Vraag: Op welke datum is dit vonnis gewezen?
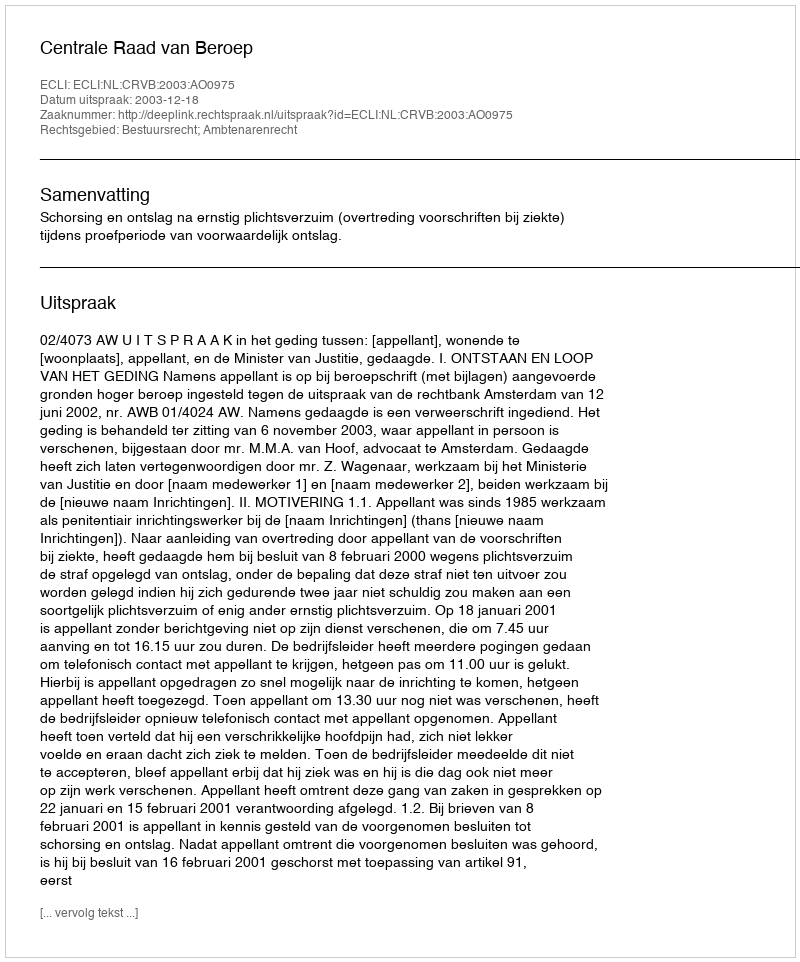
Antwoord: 2003-12-18